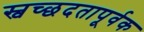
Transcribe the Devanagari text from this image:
स्वच्छदतापूर्वक